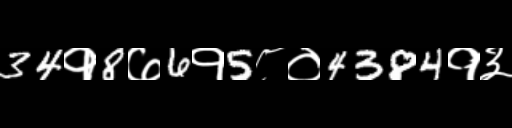
Text: 34१8७6१5८०4384१३